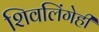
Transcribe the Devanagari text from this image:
शिवलिंगेही